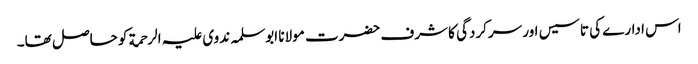
اس ادارے کی تاسیس اور سرکردگی کا شرف حضرت مولانا ابوسلمہ ندوی علیہ الرحمة کو حاصل تھا۔